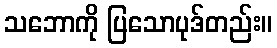
သဘောကို ပြသောပုဒ်တည်း။